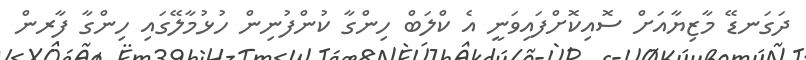
ދަގަނޑޭ މާޒިޔާއަށް ސޮއިކޮށްފައިވަނީ އެ ކްލަބް ހިންގާ ކުންފުނިން ހުޅުމާލޭގައި ހިންގާ ފާރން